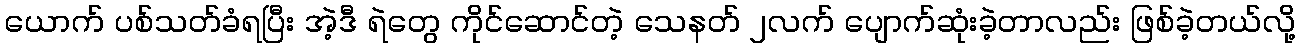
ယောက် ပစ်သတ်ခံရပြီး အဲ့ဒီ ရဲတွေ ကိုင်ဆောင်တဲ့ သေနတ် ၂လက် ပျောက်ဆုံးခဲ့တာလည်း ဖြစ်ခဲ့တယ်လို့